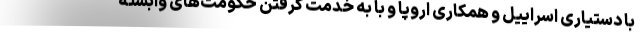
با دستیاری اسراییل و همکاری اروپا و با به خدمت گرفتن حکومت‌های وابسته